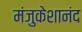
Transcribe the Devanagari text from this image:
मंजुकेशानंद